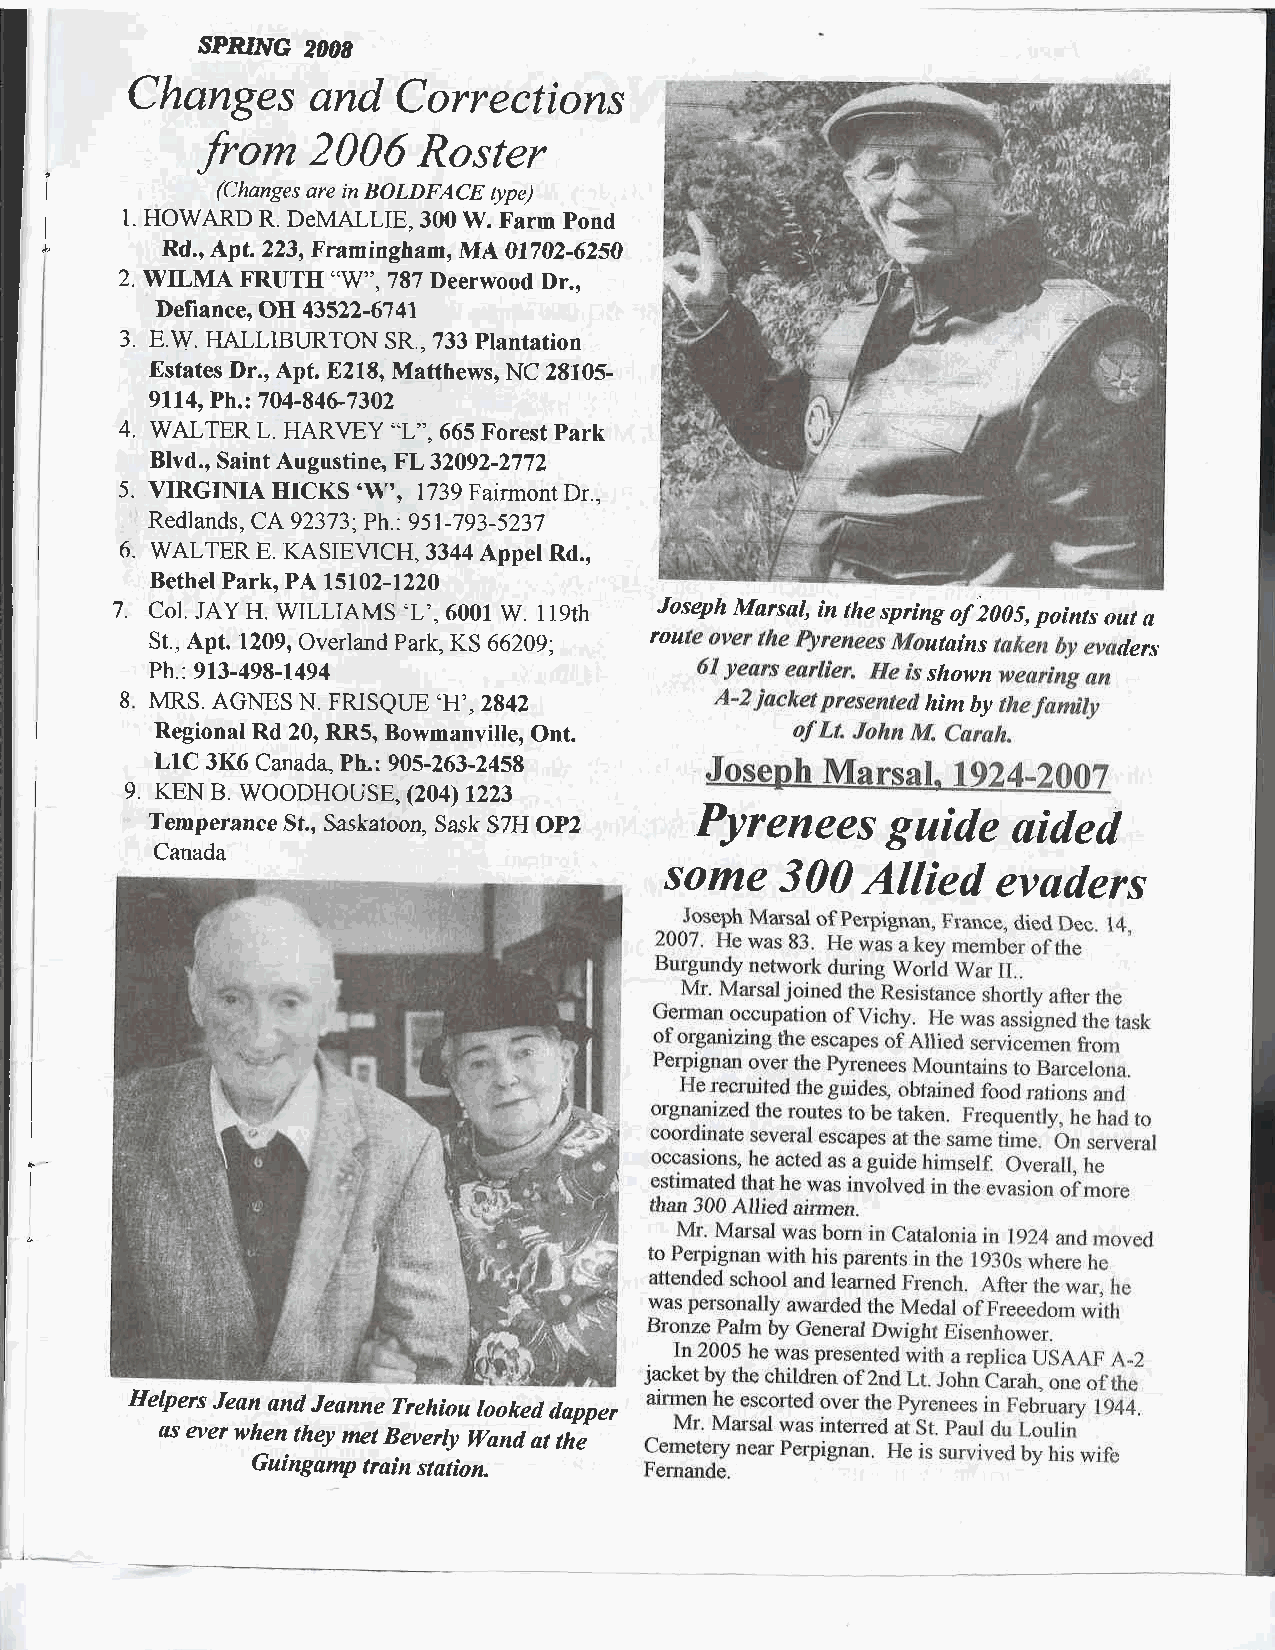
SPRING
 2OOS
 Changes     and  Coruections
 2006   Roster
 _fro*
 (Changes are in BOLDFACE type)
 1. HOWARD R. DeMALLIE, 300 W. Farm Pond
 Rd., Apt 223, Framingham, NIA 07702-6250
 uW",787
 2. WILMA FRUTH       Deerwood Dr.,
 Defiance, OH 41522-61 4l
 3. E.W. HALLIBURTON SR.,733 Plantation
 Estates Dr.o Apt. 8216,lVfaffhews, NC 28105-
 9114, Ph.: 704-84G7302
 4. WALTER L. HARVEY "L", 665 Forest Park
 Blvd., Saint Augustine, FL 32092-2772
 5. VIRGINIA HICKS '\\", 1739 Fairmont Dr..
 Redlands, CA 92373 ; Ph. : 95 l-793-5237
 6. WALTER E. KASIEVICH,33 A Appel Rd.,
 Bethel Park, PA 15102-1220
 7. Col. JAY H. WILLIAMS 'L'. 6001 W. 119th rJ oos ue ph Marsal, in the spring of 2005, points out a
 St., Apt. 1209, Overland Park, KS 66209;           ufuins       ders
 Ph: 913-498-1494                                   shown
 8 MRS. AGNES N FzuSQLIE 'H"2942                      himby
 Regional Rd 20, RR5, Bowmanville, Ont.
 L1C 3K6 Canada, PL: 905-263-2458
 9. KEN B. WOODHOUSE, (204) 1223
 Temperance St, Saskatoon, Sask S7H OP2 Pyrenees  guide   aided
 Canada
 some    300  Allied   evaders
 Helpers Jean and Jeanne Trehiou looked dapper
 &s ever when they met Beverly Wand at the
 Guingamp train station